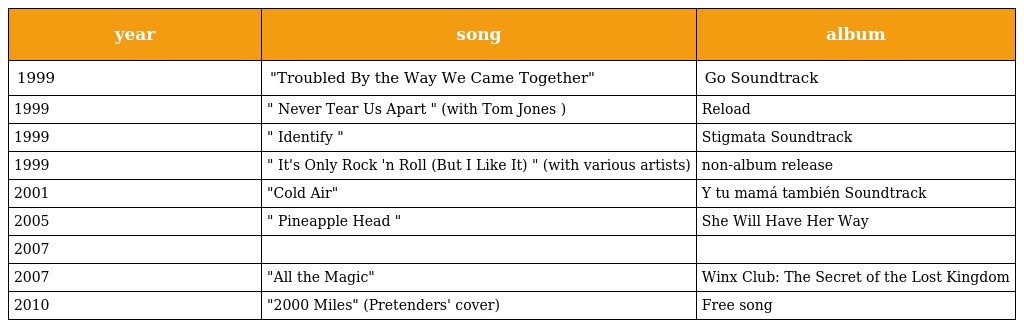
| year | song | album |
 | --- | --- | --- |
 | 1999 | "Troubled By the Way We Came Together" | Go Soundtrack |
 | 1999 | " Never Tear Us Apart " (with Tom Jones ) | Reload |
 | 1999 | " Identify " | Stigmata Soundtrack |
 | 1999 | " It's Only Rock 'n Roll (But I Like It) " (with various artists) | non-album release |
 | 2001 | "Cold Air" | Y tu mamá también Soundtrack |
 | 2005 | " Pineapple Head " | She Will Have Her Way |
 | 2007 |  |  |
 | 2007 | "All the Magic" | Winx Club: The Secret of the Lost Kingdom |
 | 2010 | "2000 Miles" (Pretenders' cover) | Free song |